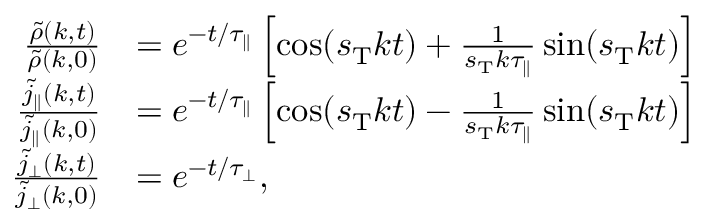
\begin{array} { r l } { \frac { \tilde { \rho } ( k , t ) } { \tilde { \rho } ( k , 0 ) } } & { = e ^ { - t / \tau _ { \parallel } } \left[ \cos ( s _ { \mathrm { T } } k t ) + \frac { 1 } { s _ { \mathrm { T } } k \tau _ { \parallel } } \sin ( s _ { \mathrm { T } } k t ) \right] } \\ { \frac { \tilde { j } _ { \parallel } ( k , t ) } { \tilde { j } _ { \parallel } ( k , 0 ) } } & { = e ^ { - t / \tau _ { \parallel } } \left[ \cos ( s _ { \mathrm { T } } k t ) - \frac { 1 } { s _ { \mathrm { T } } k \tau _ { \parallel } } \sin ( s _ { \mathrm { T } } k t ) \right] } \\ { \frac { \tilde { j } _ { \perp } ( k , t ) } { \tilde { j } _ { \perp } ( k , 0 ) } } & { = e ^ { - t / \tau _ { \perp } } , } \end{array}